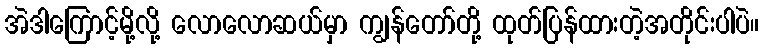
အဲဒါကြောင့်မို့လို့ လောလောဆယ်မှာ ကျွန်တော်တို့ ထုတ်ပြန်ထားတဲ့အတိုင်းပါပဲ။